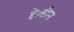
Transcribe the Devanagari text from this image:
हेलीन